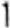
1